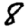
Digit: 8